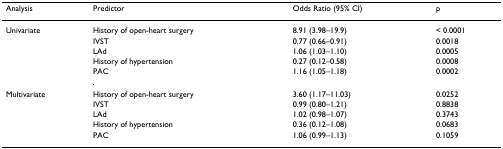
<table><thead><tr><td><b>Analysis</b></td><td><b>Predictor</b></td><td><b>Odds Ratio (95% CI)</b></td><td><b>p</b></td></tr></thead><tbody><tr><td>Univariate</td><td>History of open-heart surgery</td><td>8.91 (3.98–19.9)</td><td>&lt; 0.0001</td></tr><tr><td></td><td>IVST</td><td>0.77 (0.66–0.91)</td><td>0.0018</td></tr><tr><td></td><td>LAd</td><td>1.06 (1.03–1.10)</td><td>0.0005</td></tr><tr><td></td><td>History of hypertension</td><td>0.27 (0.12–0.58)</td><td>0.0008</td></tr><tr><td></td><td>PAC</td><td>1.16 (1.05–1.18)</td><td>0.0002</td></tr><tr><td>Multivariate</td><td>History of open-heart surgery</td><td>3.60 (1.17–11.03)</td><td>0.0252</td></tr><tr><td></td><td>IVST</td><td>0.99 (0.80–1.21)</td><td>0.8838</td></tr><tr><td></td><td>LAd</td><td>1.02 (0.98–1.07)</td><td>0.3743</td></tr><tr><td></td><td>History of hypertension</td><td>0.36 (0.12–1.08)</td><td>0.0683</td></tr><tr><td></td><td>PAC</td><td>1.06 (0.99–1.13)</td><td>0.1059</td></tr></tbody></table>